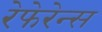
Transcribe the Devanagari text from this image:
रेफेरेन्स